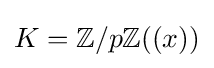
K=\mathbb {Z} /p\mathbb {Z} ((x))